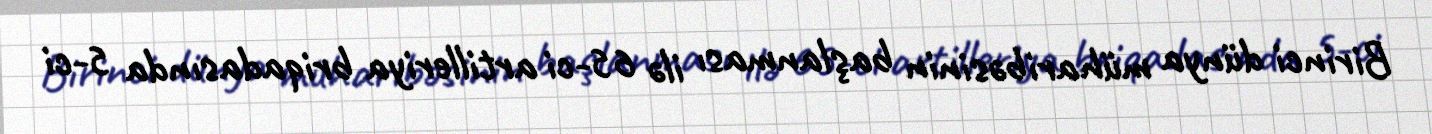
Birinci dünya müharibəsinin başlanması ilə 65-ci artilleriya briqadasında 5-ci